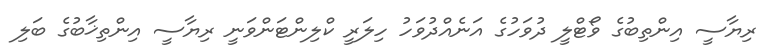
ރިޔާސީ އިންތިބުގެ ވޯޓްލީ ދުވަހުގެ އަނެއްދުވަހު ހިލަރީ ކްލިންޓަންވަނީ ރިޔާސީ އިންތިޚާބުގެ ބަލި